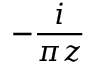
- \frac { i } { \pi z }